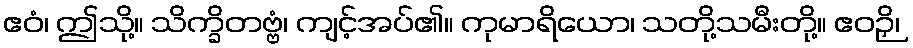
ဧဝံ၊ ဤသို့။ သိက္ခိတဗ္ဗံ၊ ကျင့်အပ်၏။ ကုမာရိယော၊ သတို့သမီးတို့။ ဧဝဉှိ၊